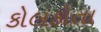
કોલકોતા